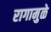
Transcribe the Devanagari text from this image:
रागामुळे